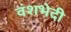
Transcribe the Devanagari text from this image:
वंशभेदी